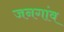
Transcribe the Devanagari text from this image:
जनगांव